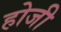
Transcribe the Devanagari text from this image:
होजी